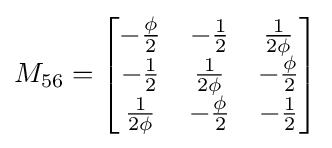
M_{56}={\begin{bmatrix}-{\frac {\phi }{2}}&-{\frac {1}{2}}&{\frac {1}{2\phi }}\\-{\frac {1}{2}}&{\frac {1}{2\phi }}&-{\frac {\phi }{2}}\\{\frac {1}{2\phi }}&-{\frac {\phi }{2}}&-{\frac {1}{2}}\end{bmatrix}}